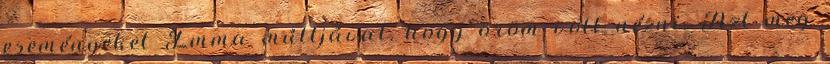
eseményeket Emma múltjával, hogy öröm volt nézni. Azt meg